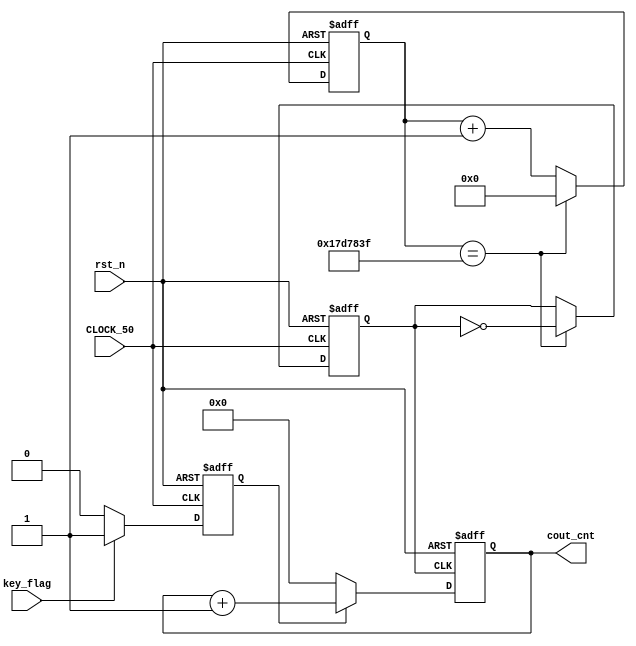
module run_seg3 (
	input CLOCK_50,    // Clock
	input rst_n,
	input key_flag,
	output [7:0]cout_cnt
	
);

	reg [31:0]cont;   //
	reg clk_seg;
parameter Num_cont = 50_000_000 / 1 /2 -1;   /*1Hz*/

	reg start;

always @(posedge CLOCK_50 or negedge rst_n) begin : proc_start
	if(~rst_n) begin
		start <= 0;
	end else begin
		if(key_flag) begin
			start <= 1;
		end else
			start <= 0;
	end
end

always @(posedge CLOCK_50 or negedge rst_n) begin : proc_clk
	if(~rst_n) begin
		cont <= 0;
		clk_seg <= 0;
	end else begin
		if(cont == Num_cont) begin
			cont <= 0;
			clk_seg <= ~clk_seg;
		end else begin
			cont <= cont + 1;
		end
	end
end
reg [7:0]r_cout_cnt;  

always @(posedge clk_seg or negedge rst_n) begin : proc_disp
	if(~rst_n) begin
		r_cout_cnt <= 0;
	end else begin
		if(start) begin
			r_cout_cnt <= r_cout_cnt +1;
		end
		else
		r_cout_cnt <= 0;
	end
end

assign cout_cnt = r_cout_cnt;

endmodule